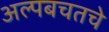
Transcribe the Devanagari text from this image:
अल्पबचतचे